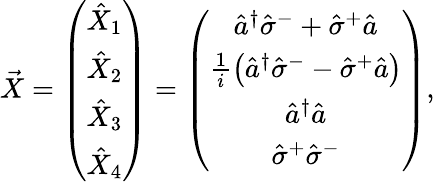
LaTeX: \vec{X}=\left(\begin{array}{c}{\hat{X}_{1}}\\ {\hat{X}_{2}}\\ {\hat{X}_{3}}\\ {\hat{X}_{4}}\end{array}\right)=\left(\begin{array}{c}{\hat{a}^{\dagger}\hat{\sigma}^{-}+\hat{\sigma}^{+}\hat{a}}\\ {\frac{1}{i}\left(\hat{a}^{\dagger}\hat{\sigma}^{-}-\hat{\sigma}^{+}\hat{a}\right)}\\ {\hat{a}^{\dagger}\hat{a}}\\ {\hat{\sigma}^{+}\hat{\sigma}^{-}}\end{array}\right),